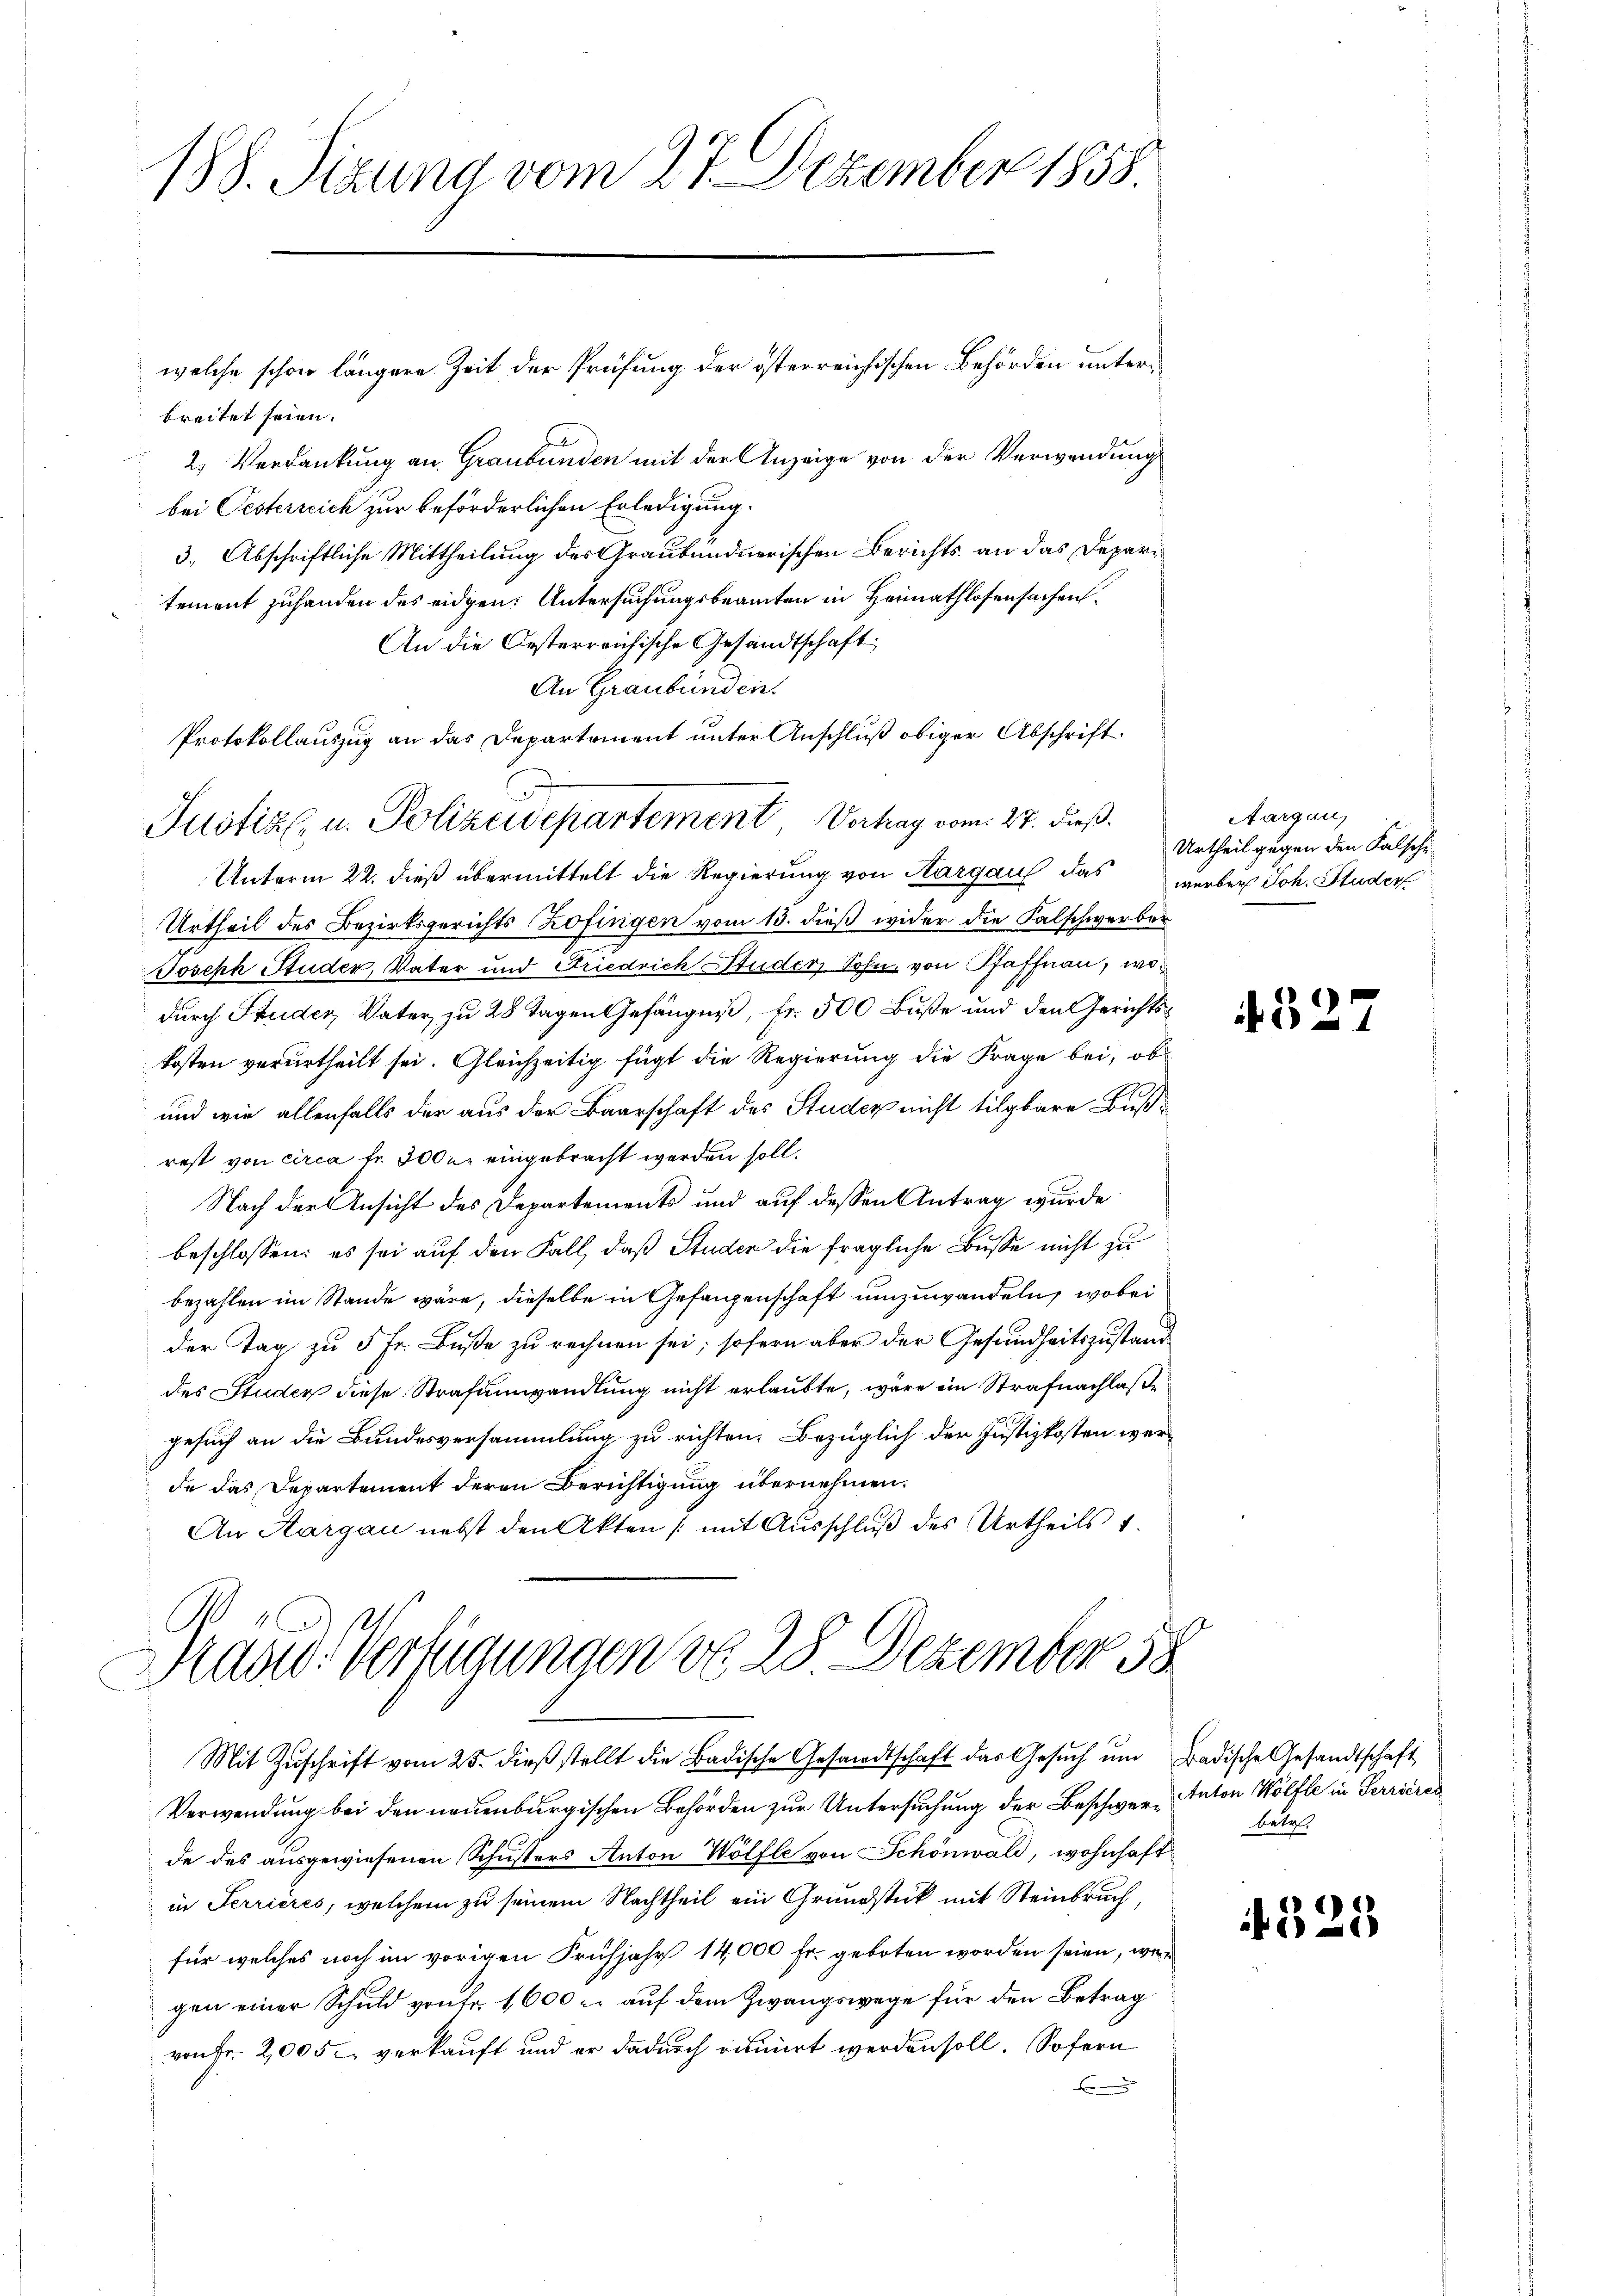
188. Sizung vom 27. Dezember 1858.

welche schon längere Zeit der Prüfung der österreichischen Behörden unterbreitet seien.
2) Verdankung an Graubünden mit der Anzeige von der Verwendung
bei Oesterreich zur beförderlichen Erledigung.
3. Abschriftliche Mittheilung des Graubündnerischen Berichts an das Departement zuhanden des eidgen. Untersuchungsbeamten in Heimathlosensachen.
An die Oesterreichische Gesandtschaft
An Graubünden.
Protokollauszug an das Departement unter Anschluß obiger Abschrift¬
Unterm 22. dieß übermittelt die Regierung von Aargau das werben Joh. Studer
Urtheil des Bezirksgerichts Zofingen vom 13. dieß wider die Falschwerber
Joseph Studer, Vater und Friedrich Studer Sohn, von Pfaffnau, wodurch Studer, Vater zu 28 Tagen Gefängnis, Fr. 500 Buße und den Gerichtskosten verurtheilt sei. Gleichzeitig fügt die Regierung die Frage bei, ob
a
und wie allenfalls der aus der Baarschaft des Studer nicht tilgbare Bußrest von circa Fr. 300 u. eingebracht werden soll.
Nach der Ansicht des Departements und auf dessen Antrag wurde
beschlossen: es sei auf den Fall, daß Studer die fragliche Buße nicht zu
bezahlen im Stande wäre, dieselbe in Gefangenschaft umzuwandeln, wobei
der Tag zu 5 Fr. Buße zu rechnen sei; sofern aber der Gesundheitszustand
des Studer diese Strafumwandlung nicht erlaubte, wäre ein Strafnachlaße
gesuch an die Bundesversammlung zu richten. Bezüglich der Justizkosten werde das Departement deren Berichtigung übernehmen.
An Aargau nebst den Akten (mit Ausschluß des Urtheils 1.

Justiz- u. Polizeidepartement, Vortrag vom 27. dieß

Hand. Verfügungen von 28 Dezember 58

Mit Zŭschrift vom 25. dieβ stellt die Badische Gesandtschaft das Gesŭch ŭm Badische Gesandtschaft
Verwendung bei den neuenburgischen Behörden zur Untersuchung der Beschwere Anton Wölfle in Terrieres
de des ausgewiesenen Schussers Anton Wölfle von Schönwald, wohnhaft
in Terrieres, welchem zu seinem Nachtheil ein Grundstück mit Steinbruch,
für welches noch im vorigen Frühjahr 14000 Fr. geboten worden seien, wer
gen einer Schuld von fr. 1600 u. auf dem Zwangswege für den Betrag
von Fr. 2,005 verkauft und er dadurch dumiert werden soll. Sofern

Aargau,
Urtheil gegen den Falsche¬

4327

betr.

if. 325